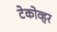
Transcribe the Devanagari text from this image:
टेकोव्हर